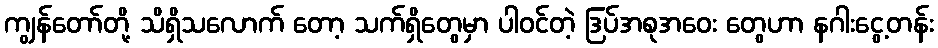
ကျွန်တော်တို့ သိရှိသလောက် တော့ သက်ရှိတွေမှာ ပါဝင်တဲ့ ဒြပ်အစုအဝေး တွေဟာ နဂါးငွေ့တန်း